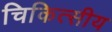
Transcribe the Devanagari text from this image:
चिकित्‍सीय